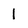
Character: 1